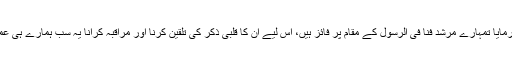
مزید فرمایا تمہارے مرشد فنا فی الرسول کے مقام پر فائز ہیں، اس لیے ان کا قلبی ذکر کی تلقین کرنا اور مراقبہ کرانا یہ سب ہمارے ہی عمل ہیں۔